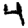
Digit: 4